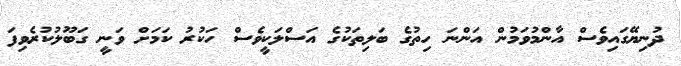
ދުނިޔޭގައިވެސް އާންމުވަމުން އަންނަ ހިތުގެ ބަލިތަކުގެ އަސްލަކީވެސް ހަކުރު ކަމަށް ވަނީ ގަބޫލުކުރެވިފަ